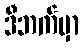
ဒီဘက်မှာ